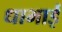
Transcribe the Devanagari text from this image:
धाभाई